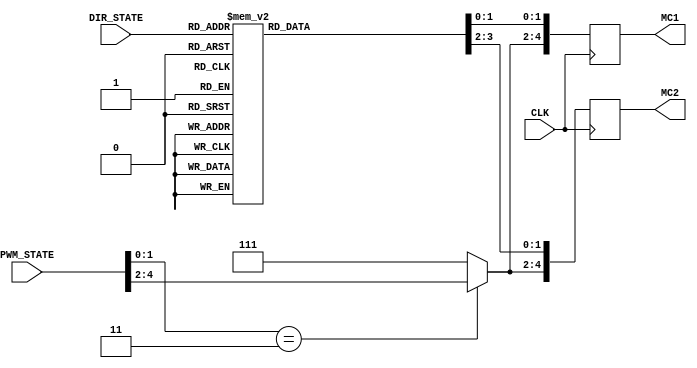
`timescale 1ns / 1ps
//////////////////////////////////////////////////////////////////////////////////
// Company: 
// Engineer: 
// 
// Design Name: 
// Module Name:    direction_control 
// Project Name: 
// Target Devices: 
// Tool versions: 
// Description: 
//
// Dependencies: 
//
// Revision: 
// Revision 0.01 - File Created
// Additional Comments: 
//
//////////////////////////////////////////////////////////////////////////////////
module direction_control(
		input CLK,
		input [4:0] DIR_STATE, 
		input [4:0] PWM_STATE,
		output reg [4:0] MC1, //Bits 1:0 control Direction, Bits 4:2 Control Power
		output reg [4:0] MC2	 //Bits 1:0 control Direction, Bits 4:2 Control Power
    );
	 
	parameter [4:0] NEUTRAL = 		5'b 00000;
	parameter [4:0] FORWARD = 		5'b 00001;
	parameter [4:0] REVERSE = 		5'b 00010;
	parameter [4:0] FORWARD_RIGHT = 5'b 00011;
	parameter [4:0] BACK_RIGHT = 	5'b 00111;
	parameter [4:0] FORWARD_LEFT = 	5'b 11000;
	parameter [4:0] BACK_LEFT = 		5'b 10000;
	parameter [4:0] R_360 = 			5'b 10011;
	parameter [4:0] L_360 = 			5'b 11001;
	 
	parameter [4:0] BOTH_100 = 	5'b 11111;
	parameter [4:0] BOTH_88 = 		5'b 11011;
	parameter [4:0] BOTH_75 = 		5'b 10111;
	parameter [4:0] BOTH_62 = 		5'b 10011;
	parameter [4:0] BOTH_50 = 		5'b 01111;
	parameter [4:0] BOTH_38 = 		5'b 01011;
	parameter [4:0] BOTH_25 = 		5'b 00111;
	parameter [4:0] BOTH_17 = 		5'b 00011;

	always @(posedge CLK) begin
		//Direction Control
		case(DIR_STATE) //MC1 is on right side, MC2 is on left side 
			NEUTRAL:begin //Neutral
							MC1[1:0] <= 2'b 01; //Neutral
							MC2[1:0] <= 2'b 01; //Neutral
						end
			FORWARD:begin //FORWARD
							MC1[1:0] <= 2'b 00; //Forward
							MC2[1:0] <= 2'b 00; //Forward
						end
			REVERSE:begin //REVERSE
							MC1[1:0] <= 2'b 10; //Reverse
							MC2[1:0] <= 2'b 10; //Reverse
						end
			FORWARD_RIGHT:begin //FORWARD RIGHT
							MC1[1:0] <= 2'b 01; //Neutral
							MC2[1:0] <= 2'b 00; //Forward
						end
			BACK_RIGHT:begin //BACKWARDS RIGHT
							MC1[1:0] <= 2'b 10; //Reverse
							MC2[1:0] <= 2'b 01; //Neutral
						end
			FORWARD_LEFT:begin //FORWARD LEFT
							MC1[1:0] <= 2'b 00; //Forward
							MC2[1:0] <= 2'b 01; //Neutral
						end
			BACK_LEFT:begin //BACKWARDS LEFT
							MC1[1:0] <= 2'b 01; //Neutral
							MC2[1:0] <= 2'b 10; //Reverse
						end
			R_360:begin //Right 360
						MC1[1:0] <= 2'b 10; //Reverse
						MC2[1:0] <= 2'b 00; //Forward
			end
			L_360:begin //Left 360
						MC1[1:0] <= 2'b 00; //Forward
						MC2[1:0] <= 2'b 10; //Reverse
			end
			default:begin //Default Neutral
							MC1[1:0] <= 2'b 01; //Neutral
							MC2[1:0] <= 2'b 01; //Neutral
						end
		endcase
		
		//Power Control
		if(PWM_STATE[1:0] == 2'b 11) begin //Both MC Receive Same Power
			MC1[4:2] <= PWM_STATE[4:2];
			MC2[4:2] <= PWM_STATE[4:2];
		end else begin //Default Power for both MC 12.5%
			MC1[4:2] <= 3'b 111;
			MC2[4:2] <= 3'b 111;
		end
		
		
	end

endmodule